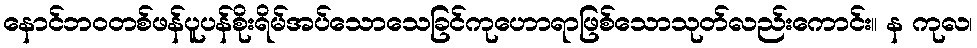
နောင်ဘဝတစ်ဖန်ပူပန်စိုးရိမ်အပ်သောသေခြင်ကုဟောရာဖြစ်သောသုတ်လည်းကောင်း။ န ကုလ၊